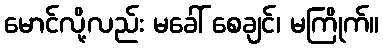
မောင်လို့လည်း မခေါ် စေချင်၊ မကြိုက်။